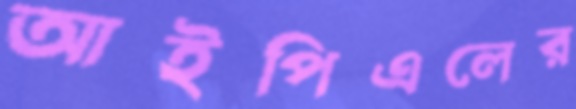
আইপিএলের